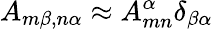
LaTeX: A_{m\beta,n\alpha}\approx A_{mn}^{\alpha}\delta_{\beta\alpha}